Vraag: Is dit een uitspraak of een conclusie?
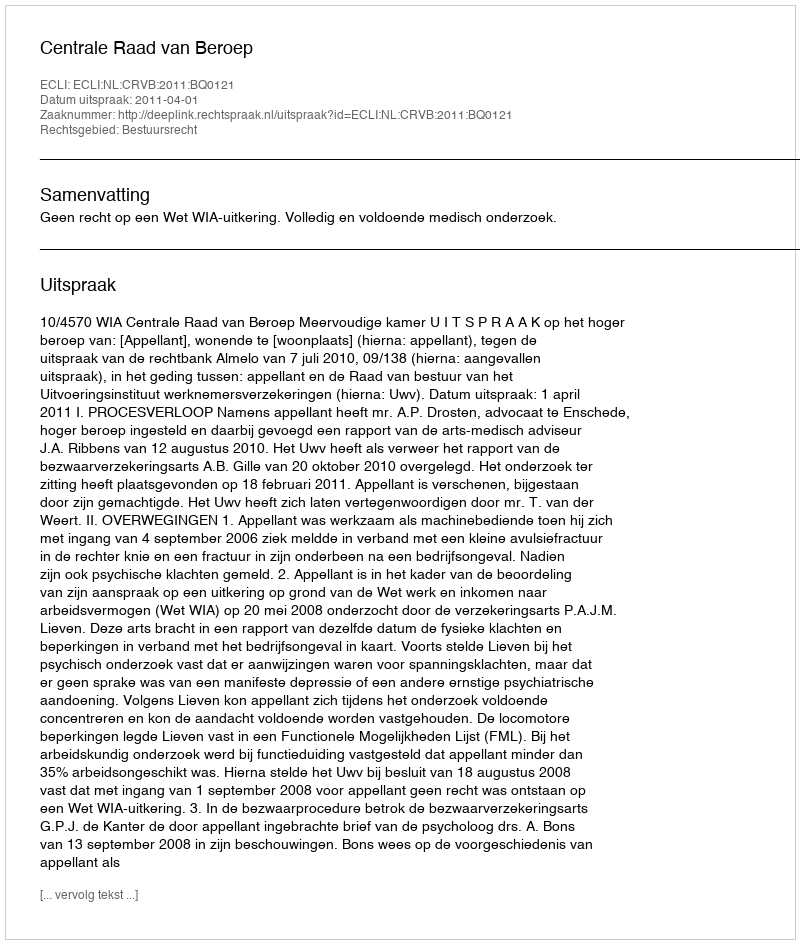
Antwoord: Uitspraak